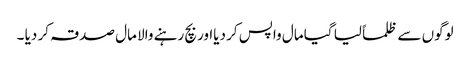
لوگوں سے ظلماً لیا گیا مال واپس کر دیااور بچ رہنے والا مال صدقہ کر دیا ۔